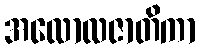
အလောလဇာတိကာ